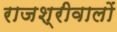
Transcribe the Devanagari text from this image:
राजश्रीवालों